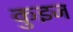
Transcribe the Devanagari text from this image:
कुइज